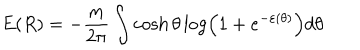
LaTeX: E ( R ) = - \frac m { 2 \pi } \int \cosh \theta \log \left( 1 + e ^ { - \varepsilon ( \theta ) } \right) d \theta